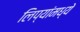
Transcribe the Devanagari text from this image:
लिप्यांमध्ये